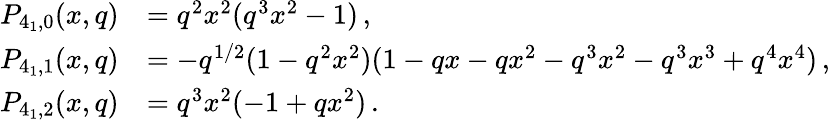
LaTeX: \begin{array}{rl}{P_{4_{1},0}(x,q)}&{=q^{2}x^{2}(q^{3}x^{2}-1)\, ,}\\ {P_{4_{1},1}(x,q)}&{=-q^{1/2}(1-q^{2}x^{2})(1-qx-qx^{2}-q^{3}x^{2}-q^{3}x^{3}+q^{4}x^{4})\, ,}\\ {P_{4_{1},2}(x,q)}&{=q^{3}x^{2}(-1+qx^{2})\, .}\end{array}